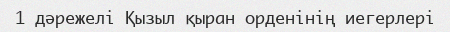
1 дәрежелі Қызыл қыран орденінің иегерлері